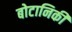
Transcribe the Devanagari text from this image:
बोटानिकी